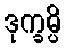
ဒုက္ခမ္ပိ